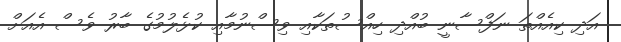
އަދި ކިއެއްތަ ނަފްސާނީ ބުއްދި ހިއްސުތަކާއި ވިސްނުމާއި ކުޅެލުމުގެ ބާރު ވެސް އެއަށް